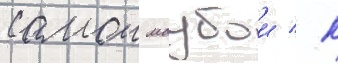
самои маубои / к